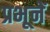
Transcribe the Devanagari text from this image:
प्रभूनें